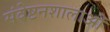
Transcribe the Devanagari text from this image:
संवेष्टनशालाओं